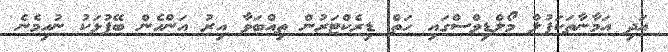
އަދި އަމާނާތަކަފުލް މޯލްޑިވްސްގައި ހަތް ޑިރެކްޓަރުން ތިއްބަވާ އިރު އަންހެން ބޭފުޅަކު ނުހިމެނެ